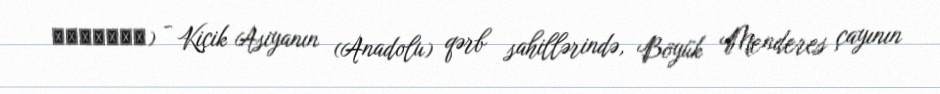
Μίλητος) - Kiçik Asiyanın (Anadolu) qərb sahillərində, Böyük Menderes çayının